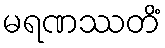
မရဏဿတိံ